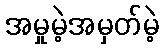
အမှုမဲ့အမှတ်မဲ့